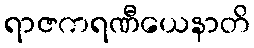
ရာဇကရဏီယေနာတိ